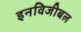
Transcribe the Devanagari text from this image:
इनविजीबल